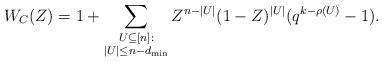
LaTeX: \begin{align*} W_C(Z) = 1 + \sum_{\substack{U \subseteq [n]: \\ |U| \leq n-d_{\min}}} Z^{n- |U|} (1-Z)^{|U|} (q^{k-\rho(U)} - 1).\end{align*}